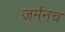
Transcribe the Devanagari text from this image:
जर्मनच